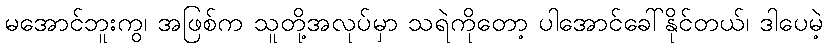
မအောင်ဘူးကွ၊ အဖြစ်က သူတို့အလုပ်မှာ သရဲကိုတော့ ပါအောင်ခေါ်နိုင်တယ်၊ ဒါပေမဲ့